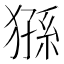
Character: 猻